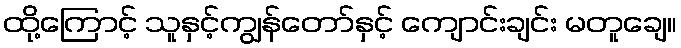
ထို့ကြောင့် သူနှင့်ကျွန်တော်နှင့် ကျောင်းချင်း မတူချေ။